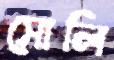
সোলি